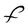
Character: F